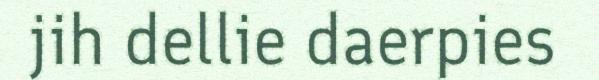
jih dellie daerpies